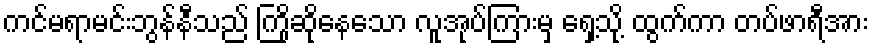
ကင်မရာမင်းဘွန်နီသည် ကြိုဆိုနေသော လူအုပ်ကြားမှ ရှေ့သို့ ထွက်ကာ တပ်ဖာရီအား